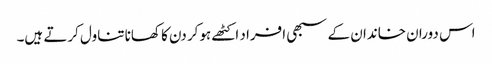
اس دوران خاندان کے سبھی افراد اکٹھے ہوکر دن کا کھانا تناول کرتے ہیں۔